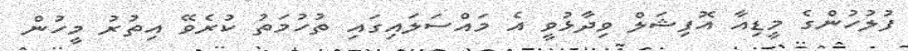
ފުލުހުންގެ މީޑިއާ އޮފިޝަލް ވިދާޅުވީ އެ މައްސަލައިގައި ތުހުމަތު ކުރެވޭ އިތުރު މީހުން